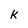
Character: k